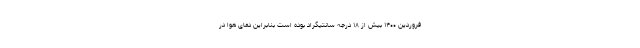
فروردین ۱۴۰۰ بیش از ۱۸ درجه سانتیگراد بوده است بنابراین دمای هوا در